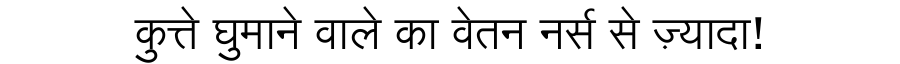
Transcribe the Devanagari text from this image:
कुत्ते घुमाने वाले का वेतन नर्स से ज़्यादा!